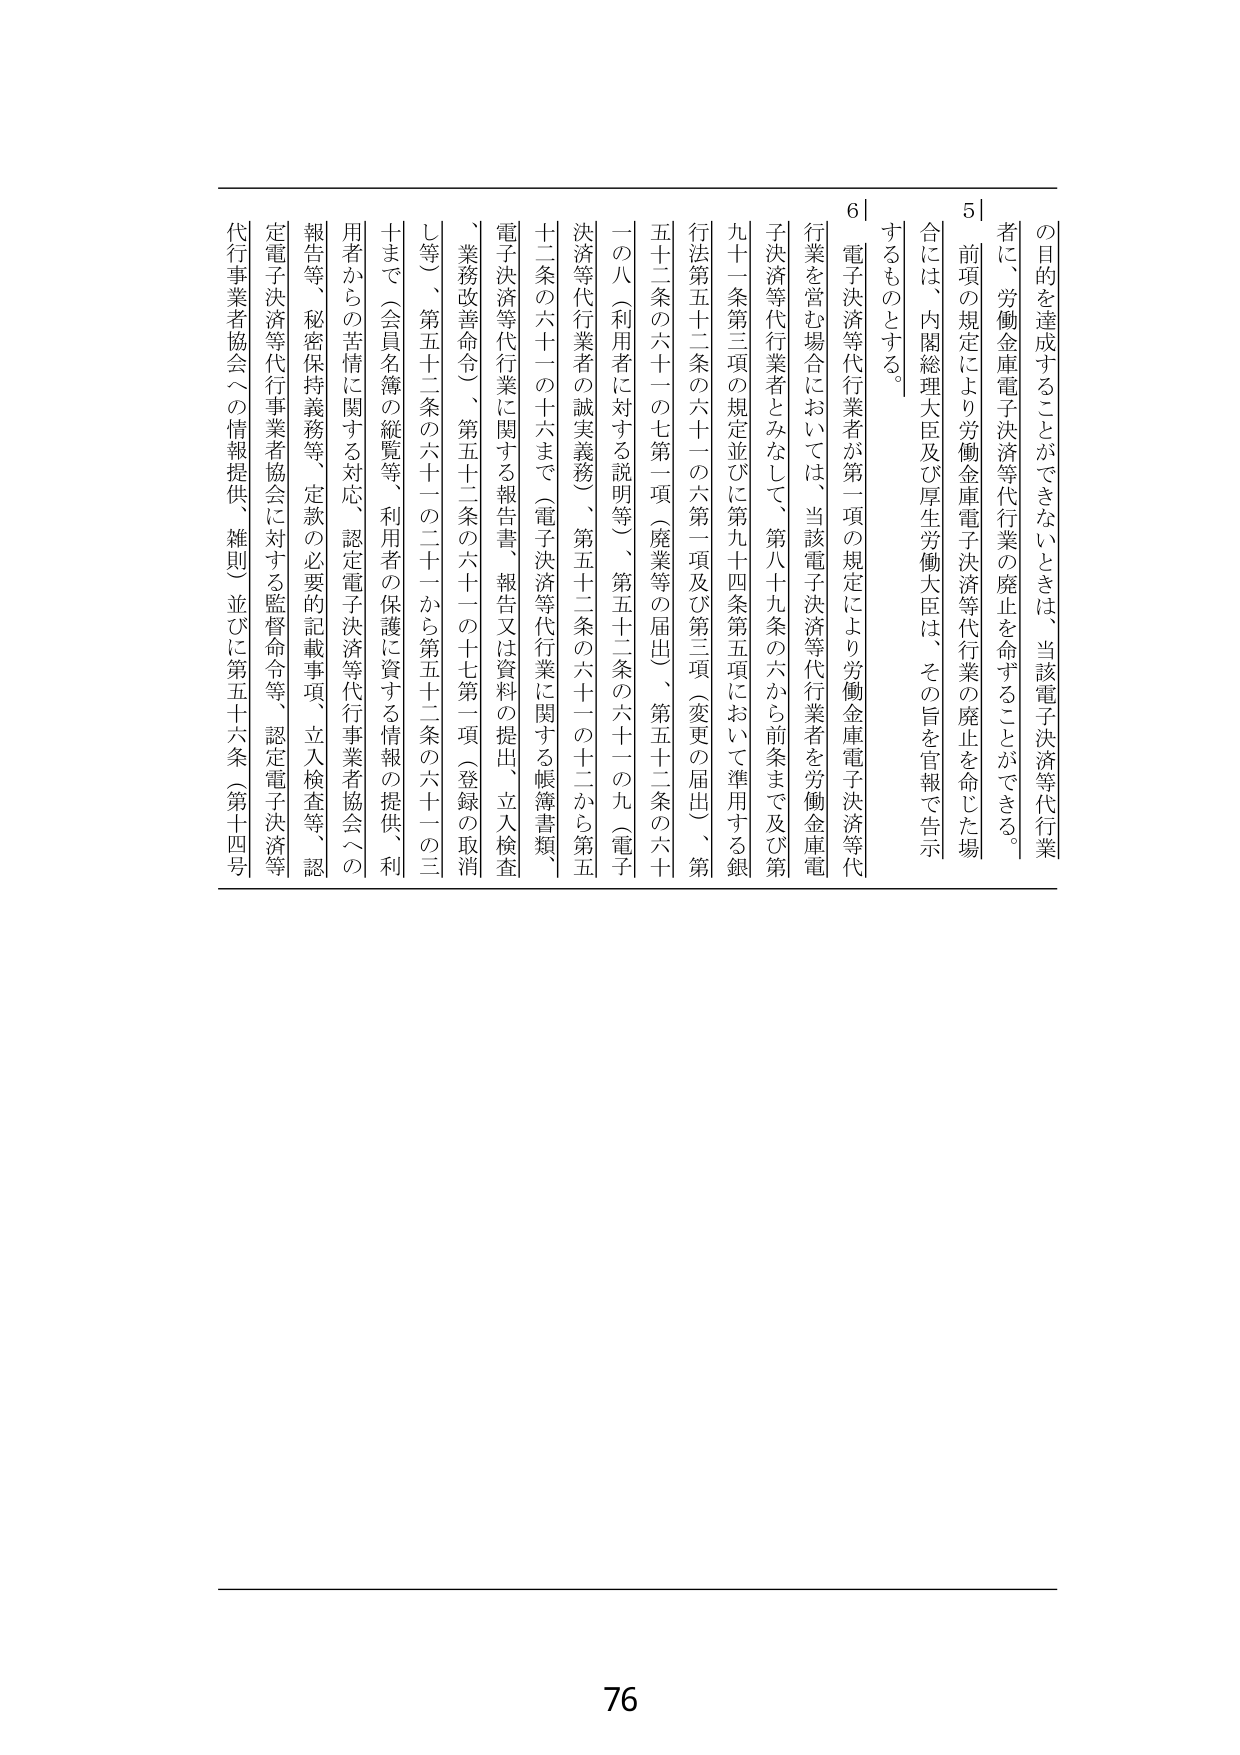
の目的を達成することができないときは、当該電子決済等代行業
者に、労働金庫電子決済等代行業の廃止を命ずることができる。
5｜前項の規定により労働金庫電子決済等代行業の廃止を命じた場
合には、内閣総理大臣及び厚生労働大臣は、その旨を官報で告示
するものとする。
6｜電子決済等代行業者が第一項の規定により労働金庫電子決済等代
行業を営む場合においては、当該電子決済等代行業者を労働金庫電
子決済等代行業者とみなして、第八十九条の六から前条まで及び第
九十一条第三項の規定並びに第九十四条第五項において準用する銀
行法第五十二条の六十一の六第一項及び第三項（変更の届出）、第
五十二条の六十一の七第一項（廃業等の届出）、第五十二条の六十
一の八（利用者に対する説明等）、第五十二条の六十一の九（電子
決済等代行業者の誠実義務）、第五十二条の六十一の十二から第五
十二条の六十一の十六まで（電子決済等代行業に関する帳簿書類、
電子決済等代行業に関する報告書、報告又は資料の提出、立入検査
、業務改善命令）、第五十二条の六十一の十七第一項（登録の取消
し等）、第五十二条の六十一の二十一から第五十二条の六十一の三
十まで（会員名簿の縦覧等、利用者の保護に資する情報の提供、利
用者からの苦情に関する対応、認定電子決済等代行業者協会への
報告等、秘密保持義務等、定款の必要な記載事項、立入検査等、認
定電子決済等代行業者協会に対する監督命令等、認定電子決済等
代行業者協会への情報提供、雑則）並びに第五十六条（第十四号

76